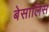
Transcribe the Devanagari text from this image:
बेसालिस